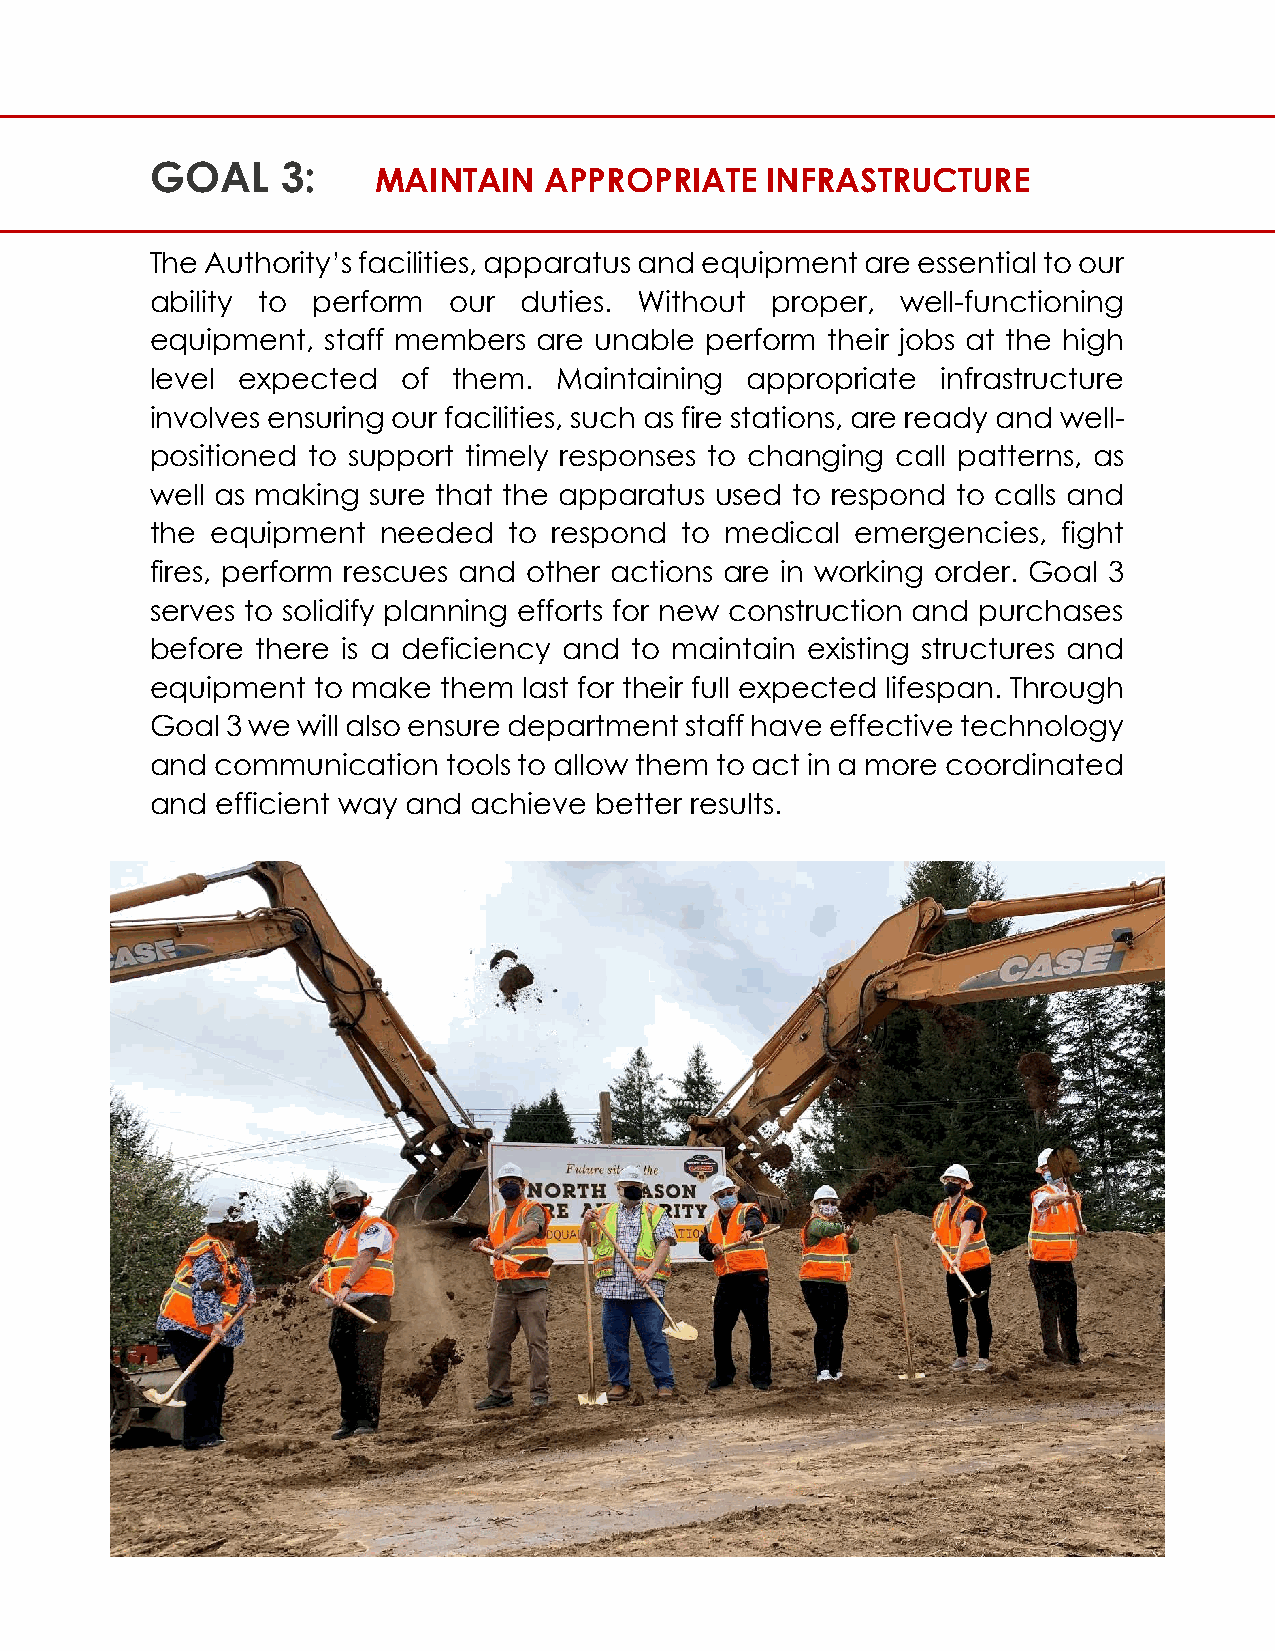
GOAL     3:
 MAINTAIN   APPROPRIATE    INFRASTRUCTURE
 The Authority’s facilities, apparatus and equipment are essential to our
 ability to perform  our duties. Without  proper,  well-functioning
 equipment, staff members  are unable perform their jobs at the high
 level expected   of them.  Maintaining appropriate  infrastructure
 involves ensuring our facilities, such as fire stations, are ready and well-
 positioned to support timely responses to changing call patterns, as
 well as making sure that the apparatus used to respond to calls and
 the equipment  needed   to respond to medical  emergencies, fight
 fires, perform rescues and other actions are in working order. Goal 3
 serves to solidify planning efforts for new construction and purchases
 before there is a deficiency and to maintain existing structures and
 equipment  to make them  last for their full expected lifespan. Through
 Goal 3 we will also ensure department staff have effective technology
 and communication   tools to allow them to act in a more coordinated
 and efficient way and achieve better results.
 26